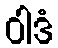
ဝါဒံ